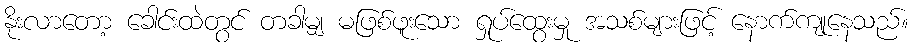
နိုးလာတော့ ခေါင်းထဲတွင် တခါမျှ မဖြစ်ဖူးသော ရှုပ်ထွေးမှု အသစ်များဖြင့် နောက်ကျုနေသည်။